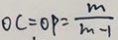
O C = O P = \frac { m } { m - 1 }